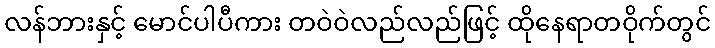
လန်ဘားနှင့် မောင်ပါပီကား တဝဲဝဲလည်လည်ဖြင့် ထိုနေရာတဝိုက်တွင်